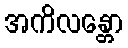
အကိလန္တော